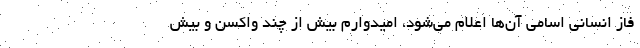
فاز انسانی اسامی آن‌ها اعلام می‌شود، امیدوارم بیش از چند واکسن و بیش